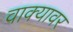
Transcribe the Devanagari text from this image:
वाक्यावर